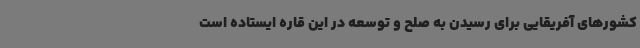
کشورهای آفریقایی برای رسیدن به صلح و توسعه در این قاره ایستاده است